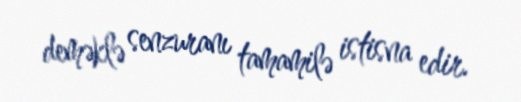
deməklə senzuranı tamamilə istisna edir.